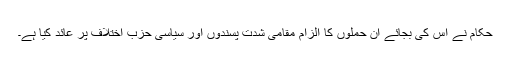
حکام نے اس کی بجائے ان حملوں کا الزام مقامی شدت پسندوں اور سیاسی حزب اختلاف پر عائد کیا ہے۔